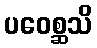
ပဝေစ္ဆသိ